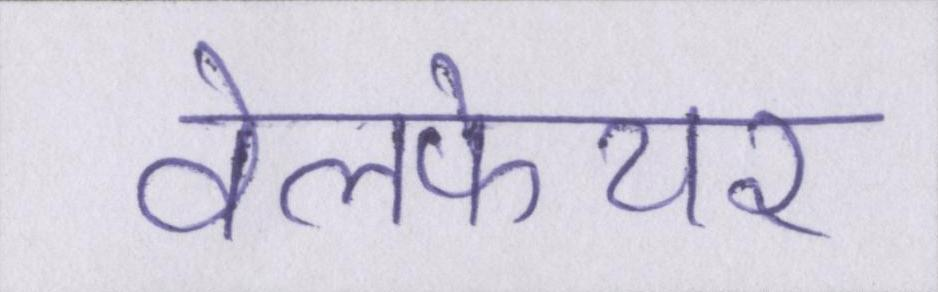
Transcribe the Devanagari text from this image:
वेलफेयर